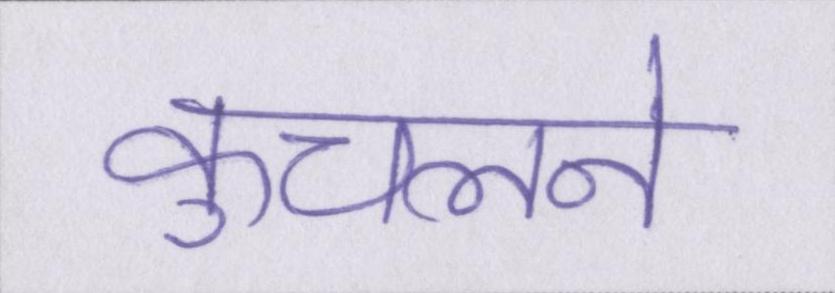
कुचलने